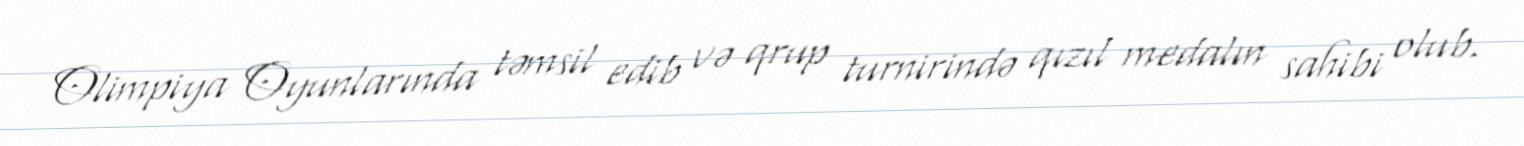
Olimpiya Oyunlarında təmsil edib və qrup turnirində qızıl medalın sahibi olub.